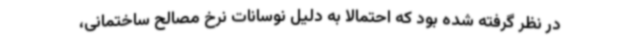
در نظر گرفته شده بود که احتمالا به دلیل نوسانات نرخ مصالح ساختمانی،